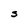
Character: S